Second report of the anti-malarial operations at Mian Mir, 1901-1903 - Number 9
Year: 1901
Disease focus: Malaria
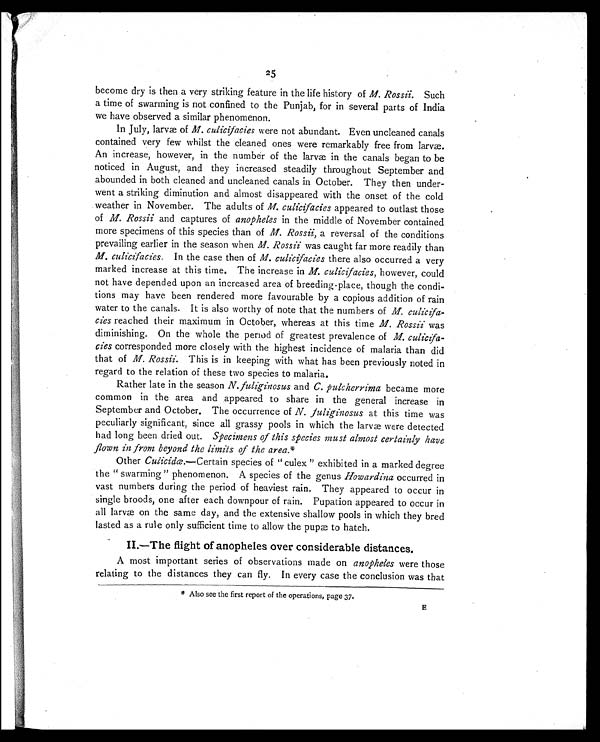
25
become dry is then a very striking feature in the life history of M. Rossii. Such
a time of swarming is not confined to the Punjab, for in several parts of India
we have observed a similar phenomenon.
In July, larvæ of M. culicifacies were not abundant. Even uncleaned canals
contained very few whilst the cleaned ones were remarkably free from larvæ.
An increase, however, in the number of the larvæ in the canals began to be
noticed in August, and they increased steadily throughout September and
abounded in both cleaned and uncleaned canals in October. They then under-
went a striking diminution and almost disappeared with the onset of the cold
weather in November. The adults of M. culicifacies appeared to outlast those
of M. Rossii and captures of anopheles in the middle of November contained
more specimens of this species than of M. Rossii, a reversal of the conditions
prevailing earlier in the season when M. Rossii was caught far more readily than
M. culicifacies. In the case then of M. culicifacies there also occurred a very
marked increase at this time. The increase in M. culicifacies, however, could
not have depended upon an increased area of breeding-place, though the condi-
tions may have been rendered more favourable by a copious addition of rain
water to the canals. It is also worthy of note that the numbers of culicifa-
cies reached their maximum in October, whereas at this time M. Rossiiw a s
diminishing. On the whole the period of greatest prevalence of M. culicifa-
cies corresponded more closely with the highest incidence of malaria than did
that of M. Rossii. This is in keeping with what has been previously noted in
regard to the relation of these two species to malaria.
Rather late in the season N. fuliginosus and C. pulcherrima became more
common in the area and appeared to share in the general increase in
September and October. The occurrence of N. fuliginosus at this time was
peculiarly significant, since all grassy pools in which the larvæ were detected
had long been dried out. Specimens of this species must almost certainly have
flown in from beyond the limits of the area. *
Other Culicidœ. — Certain species of " culex " exhibited in a marked degree
the " swarming " phenomenon. A species of the genus Howardina occurred in
vast numbers during the period of heaviest rain. They appeared to occur in
single broods, one after each downpour of rain. Pupation appeared to occur in
all larvæ on the same day, and the extensive shallow pools in which they bred
lasted as a rule only sufficient time to allow the pupæ to hatch.
I I . — T h e f l i g h t o f a n o p h e l e s o v e r c o n s i d e r a b l e d i s t a n c e s .
A most important series of observations made on anopheles were those
relating to the distances they can fly. In every case the conclusion was that
* A l s o s e e t h e f i r s t r e p o r t o f t h e o p e r a t i o n s , p a g e 3 7 .
E